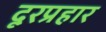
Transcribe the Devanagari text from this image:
दूरप्रहार